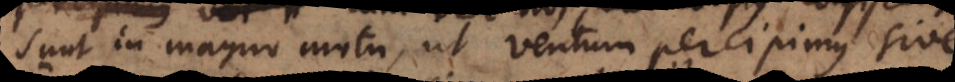
sunt in magno motu, ut ventum percipimus siv